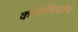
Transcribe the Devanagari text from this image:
कालनिर्माण